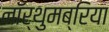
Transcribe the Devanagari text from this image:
नॉर्थुमब्रिया